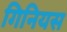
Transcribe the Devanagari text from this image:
गिनियस